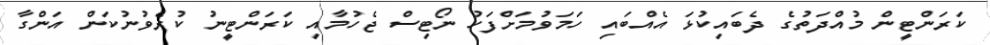
ކަރަންޓީން މުއްދަތުގެ ދެބައިކުޅަ އެއްބައި ހަމަވުމަށްފަހު ނޯޓިސް ޖެހުމާއި ކަރަންޓީނު ކުރެވުނުކަން އަންގާ